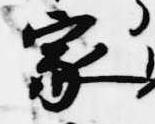
家